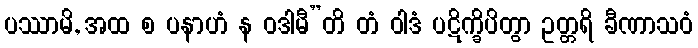
ပဿာမိ, အထ စ ပနာဟံ န ဝဒါမီ”တိ တံ ဝါဒံ ပဋိက္ခိပိတွာ ဥတ္တရိ ခီဏာသဝံ